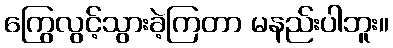
ကြွေလွင့်သွားခဲ့ကြတာ မနည်းပါဘူး။